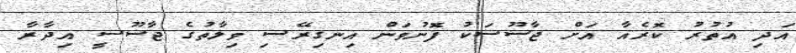
އަދި އުތުރު ކޮރެއާ އަށް ޖާސޫސަކު ފޮނުވަން އިނގިރޭސި ވިލާތުގެ ޖާސޫސީ އިދާރާ